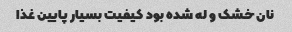
نان خشک و له شده بود کیفیت بسیار پایین غذا